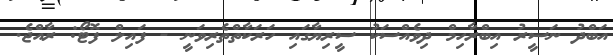
އަބްދު ނަސީރު އިބްރާހިމް ދިވެއްސަކު ސީރިޔާގައި ހަރަކާތްތެރިވަނީ - ފައިލް ފޮޓޯ: ރާއްޖެ.